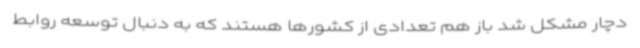
دچار مشکل شد باز هم تعدادی از کشورها هستند که به دنبال توسعه روابط